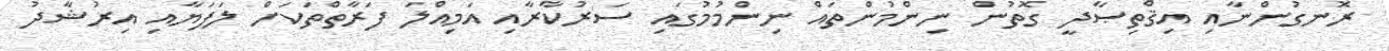
ރޮނގުންނާއި އިޤްތިޞާދީ ގޮތުން ނިންމުންތައް ނިންމުމުގައި ސަރުކާރާއި އަމިއްލަ ފަރާތްތަކަށް ލަފަޔާއި އިރުޝާދު